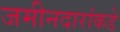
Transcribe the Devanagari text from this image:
जमीनदारांकडे